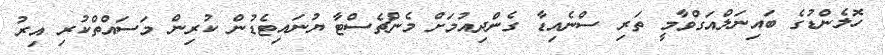
ހޮލެންޑުގެ ބައިނަލްއަގްވާމީ ތަރި ސްނެއިޑާ ގެންދިއުމަށް މެންޗެސްޓާ ޔުނައިޓެޑުން ކުރިން މަސައްތްކުރި އިރު